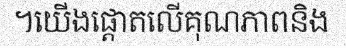
។យើងផ្តោតលើគុណភាពនិង